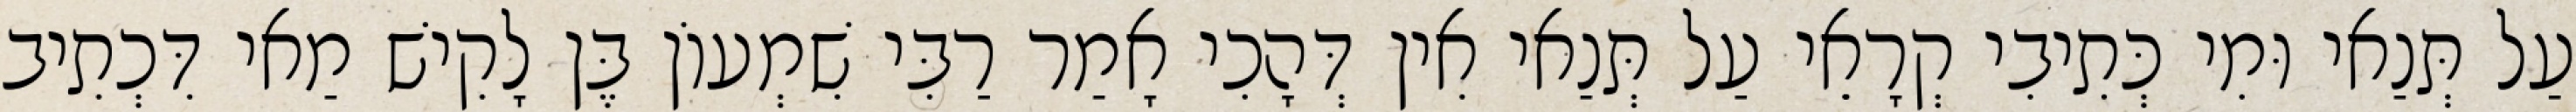
עַל תְּנַאי וּמִי כְּתִיבִי קְרָאֵי עַל תְּנַאי אִין דְּהָכִי אָמַר רַבִּי שִׁמְעוֹן בֶּן לָקִישׁ מַאי דִּכְתִיב